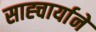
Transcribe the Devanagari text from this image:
साह्चार्याने